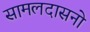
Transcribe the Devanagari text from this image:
सामलदासनो